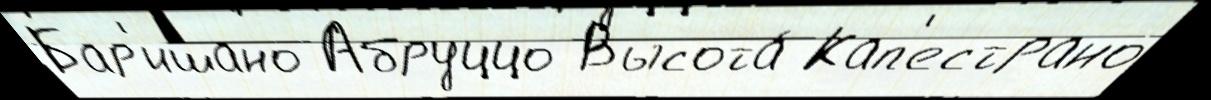
Бар'ишано Абруццо Высота́ Кап'естрано